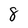
Character: 8